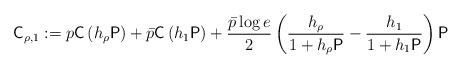
LaTeX: \begin{align*}\mathsf{C}_{\rho,1} := p\mathsf{C}\left(h_{\rho}\mathsf{P}\right) + \bar{p}\mathsf{C}\left(h_1\mathsf{P}\right) + \frac{\bar{p}\log e}{2}\left(\frac{h_{\rho}}{1 + h_{\rho}\mathsf{P}} - \frac{h_1}{1+h_1 \mathsf{P}}\right)\mathsf{P}\end{align*}